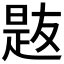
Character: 𪰯